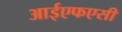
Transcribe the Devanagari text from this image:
आईएफएसी